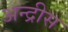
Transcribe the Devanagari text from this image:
अन्द्रीस